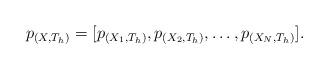
LaTeX: \begin{align*}p_{(X,T_h)}=[p_{(X_1,T_h)}, p_{(X_2,T_h)}, \dots, p_{(X_N,T_h)}].\end{align*}